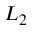
L _ { 2 }